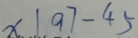
x \vert 9 7 - 4 5